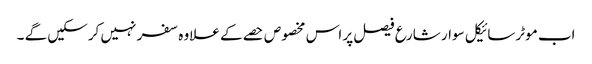
اب موٹرسائیکل سوار شارع فیصل پر اس مخصوص حصے کے علاوہ سفر نہیں کرسکیں گے ۔